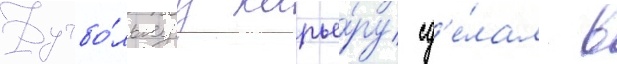
Футбо́льнуу карье́ру сд'е́лал в